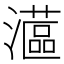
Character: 𤁮